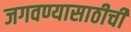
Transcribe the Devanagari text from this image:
जगवण्यासाठीची